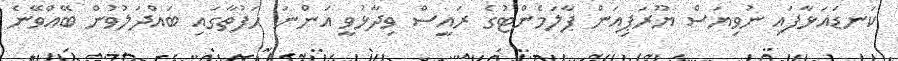
ކަނޑައަޅާފައި ނުވިޔަސް ޔޫރަޕިއަން ޕާލަމެންޓުގެ ރައީސް ވިދާޅުވީ އަންނަ ހަފުތާގައި ބައްދަލުުުވުން ބޭއްވޭނެ